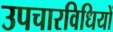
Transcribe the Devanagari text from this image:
उपचारविधियों